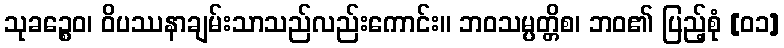
သုခဉ္စေဝ၊ ဝိပဿနာချမ်းသာသည်လည်းကောင်း။ ဘဝသမ္ပတ္တိစ၊ ဘဝ၏ ပြည့်စုံ [၀၁]